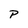
Character: P